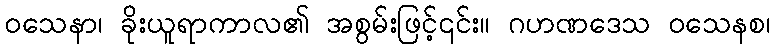
ဝသေနာ၊ ခိုးယူရာကာလ၏ အစွမ်းဖြင့်၎င်း။ ဂဟဏဒေသ ဝသေနစ၊